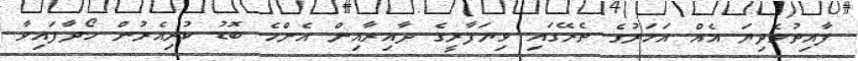
ފާއިތުވެދިޔަ އެއް އަހަރުގެ ތެރޭގައި ވިޔަފާރީގެ ދާއިރާއިން އެންމެ ބޮޑު ކުރިއެރުން ހޯދާފައިވާ